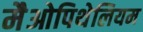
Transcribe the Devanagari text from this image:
मैओपिथेलियम